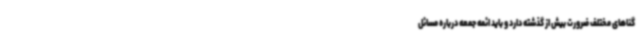
گناهای مختلف ضرورت بیش از گذشته دارد و باید ائمه جمعه درباره مسائل